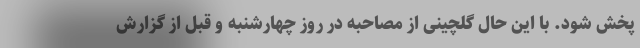
پخش شود. با این حال گلچینی از مصاحبه در روز چهارشنبه و قبل از گزارش